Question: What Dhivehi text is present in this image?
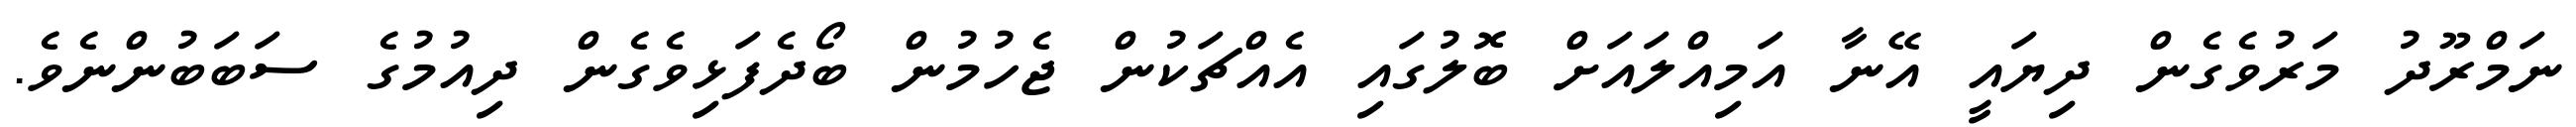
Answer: ނަމްރޫދު މަރުވެގެން ދިޔައީ އޭނާ އަމިއްލައަށް ބޮލުގައި އެއްޗަކުން ޖެހުމުން ބޯދެފަޅިވެގެން ދިއުމުގެ ސަބަބުންނެވެ.